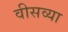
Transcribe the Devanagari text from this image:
वीसव्या